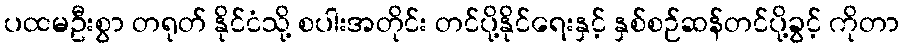
ပထမဦးစွာ တရုတ် နိုင်ငံသို့ စပါးအတိုင်း တင်ပို့နိုင်ရေးနှင့် နှစ်စဉ်ဆန်တင်ပို့ခွင့် ကိုတာ